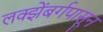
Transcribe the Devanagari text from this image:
लक्झेंबर्गपासून